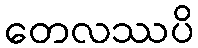
တေလဿပိ